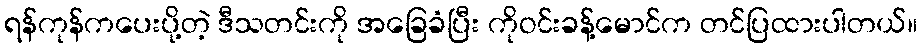
ရန်ကုန်ကပေးပို့တဲ့ ဒီသတင်းကို အခြေခံပြီး ကိုဝင်းခန့်မောင်က တင်ပြထားပါတယ်။